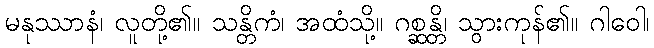
မနုဿာနံ၊ လူတို့၏။ သန္တိကံ၊ အထံသို့။ ဂစ္ဆန္တိ၊ သွားကုန်၏။ ဂါဝေါ၊